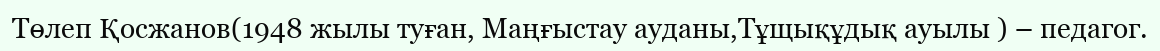
Төлеп Қосжанов(1948 жылы туған, Маңғыстау ауданы,Тұщықұдық ауылы ) – педагог.